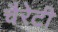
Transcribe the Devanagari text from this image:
चैरेटी